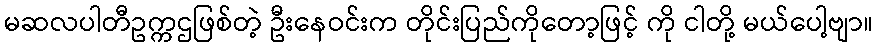
မဆလပါတီဥက္ကဌဖြစ်တဲ့ ဦးနေဝင်းက တိုင်းပြည်ကိုတော့ဖြင့် ကို ငါတို့ မယ်ပေါ့ဗျာ။